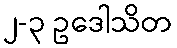
၂-၃ ဥဒေါသိတ